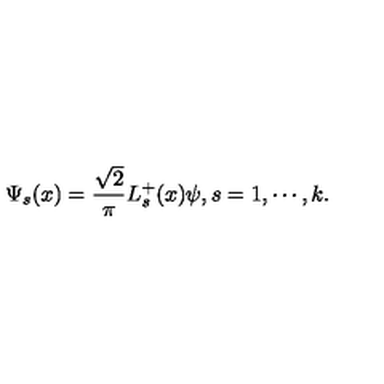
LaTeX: \Psi _ { s } ( x ) = \frac { \sqrt { 2 } } { \pi } L _ { s } ^ { + } ( x ) \psi , s = 1 , \cdots , k .